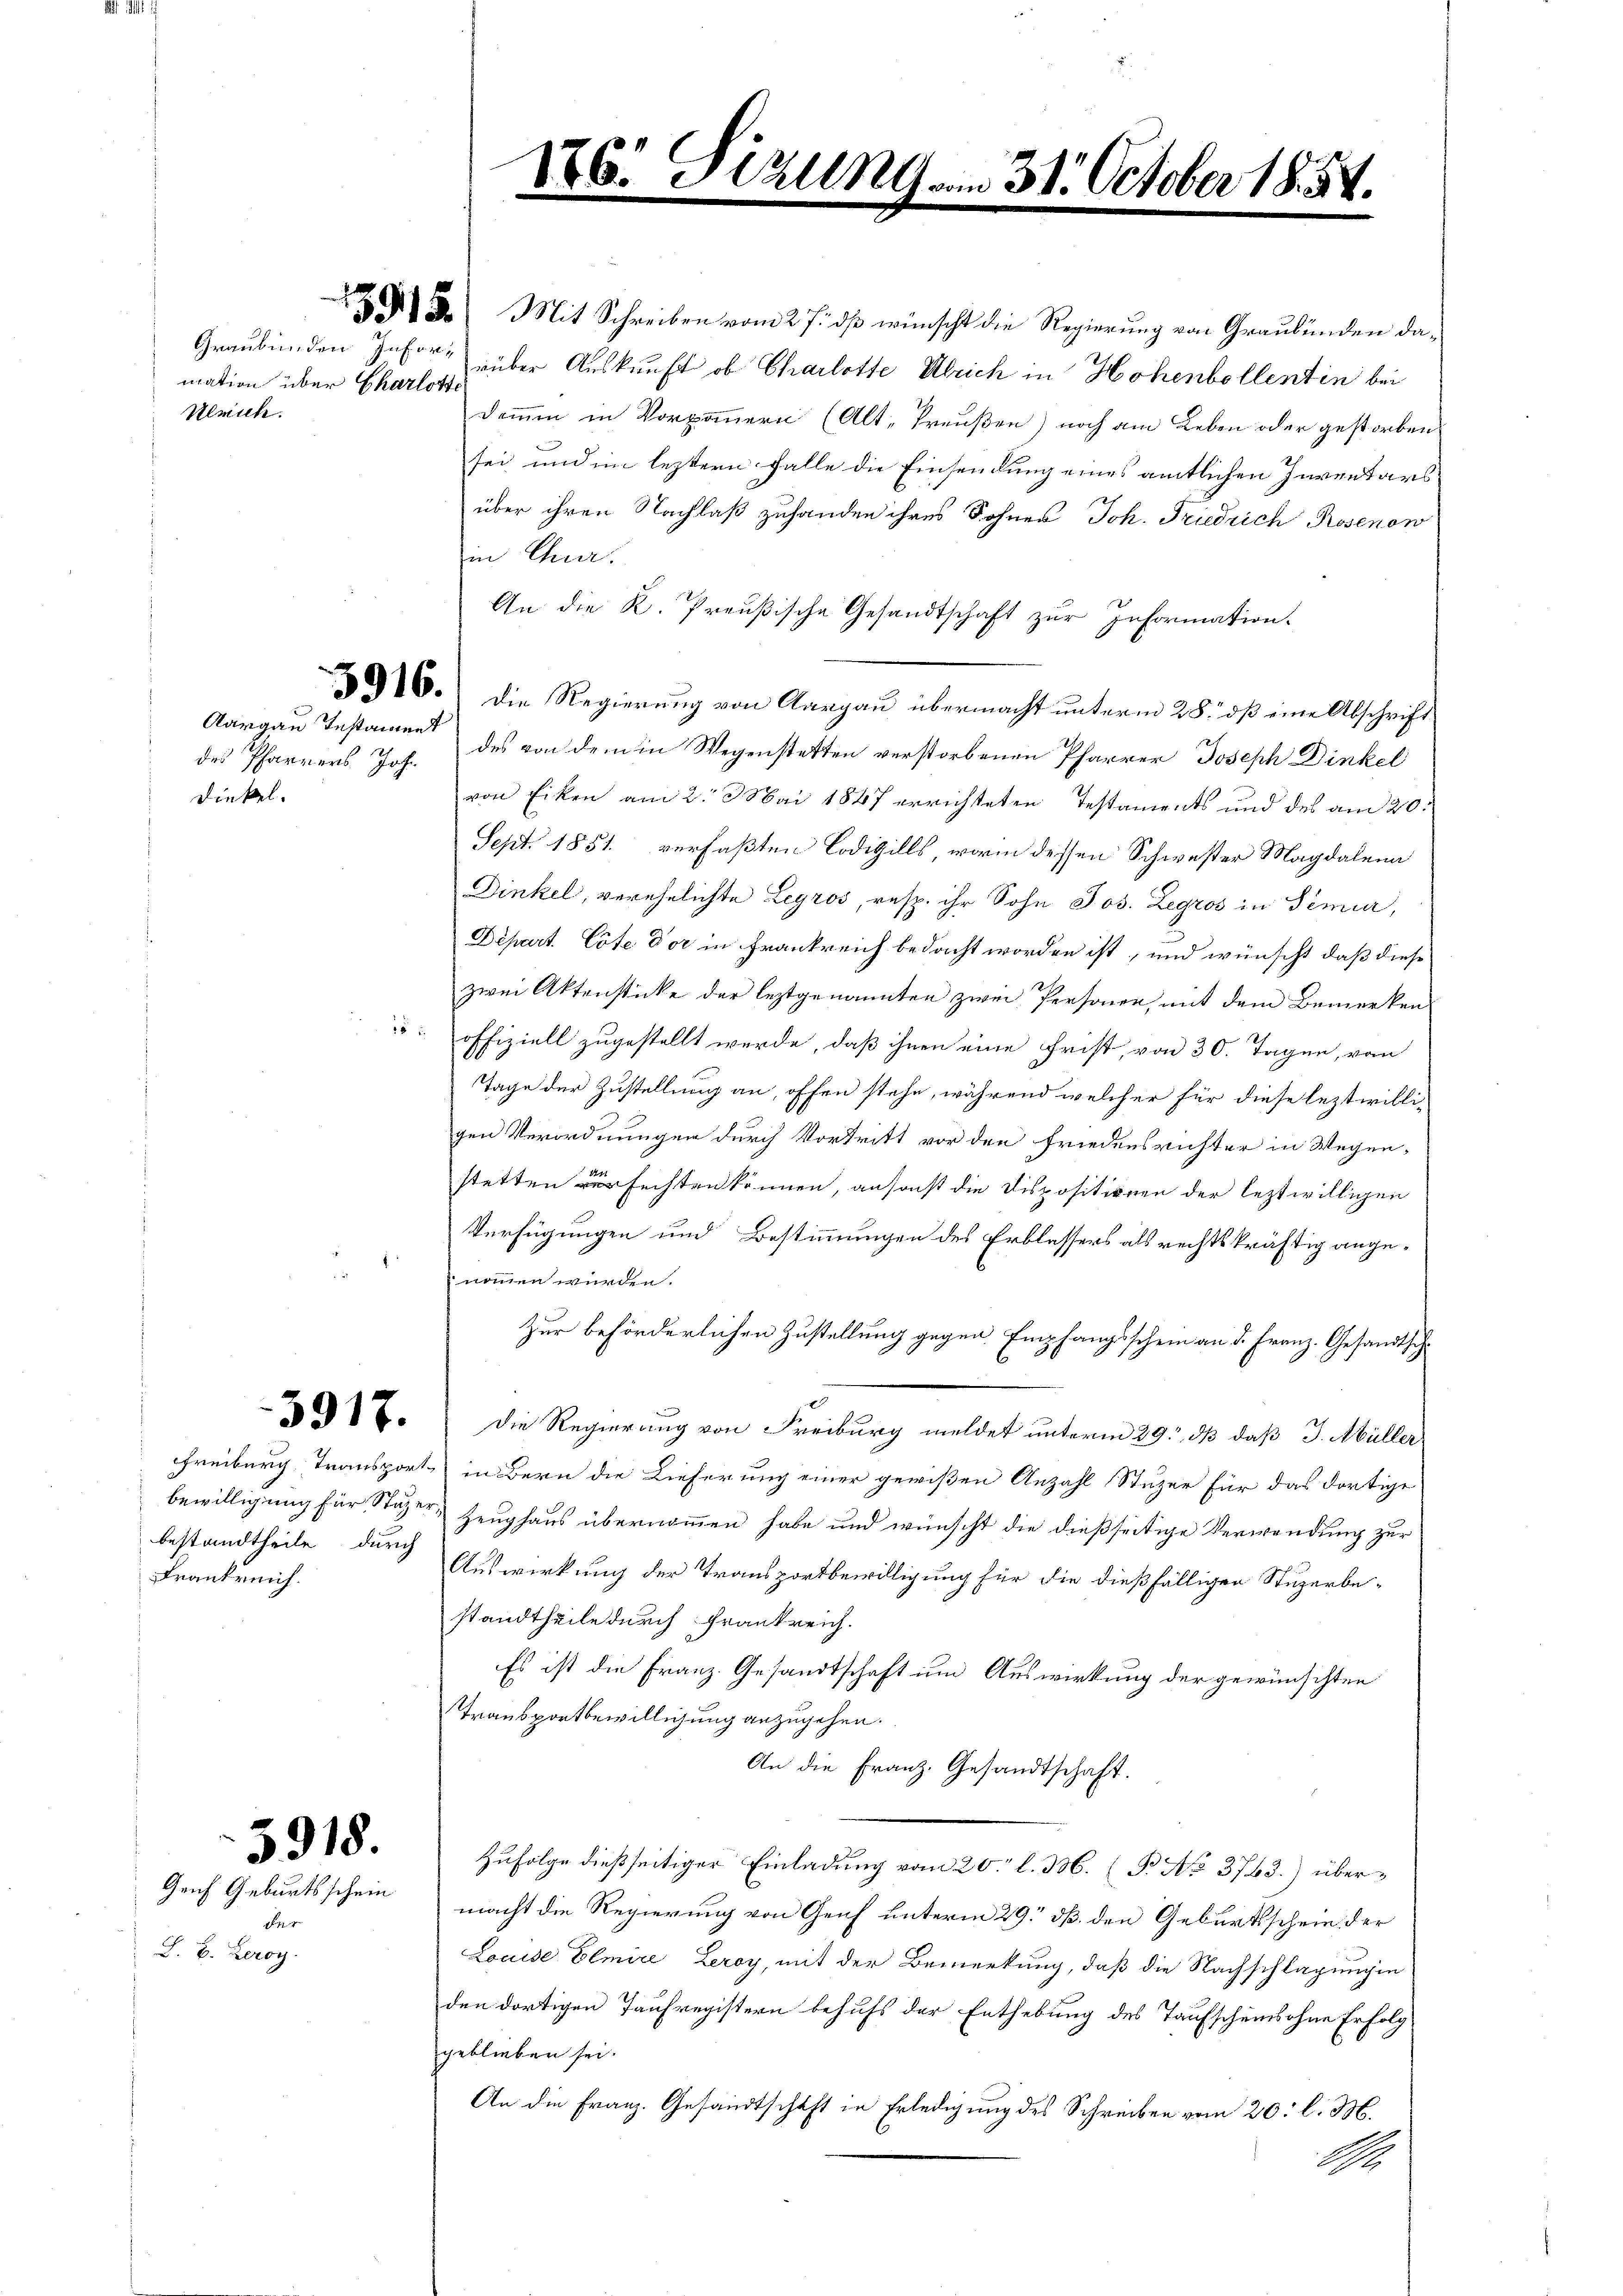
mation über Charlotte
Kleuche.

Aargau Instament
Dinkel.

bestandtheile, durch
Frankreich.

5918.
Grif Geburtsschein

1
L. B. Zeroy

ANG.

31. October 1854.

3. Mit Schreiben vom 27. dß wünscht die Regierung von Graubünden da¬
Graubünden Jasor, über Auskunft ob Charlotte Ulrich in Hohenbollentin bei
Dommen in Vorzimmern (Alt-Preußen) noch am Leben oder gestorben
sei und im leztern Falle die Einsendung eines amtlichen Inventars
über ihren Nachlaß zuhanden ihres Sohnes Joh. Friedrich Rosenon
in Euer.
An die K. Preußische Gesandtschaft zur Information.
91. Die Regierung von Aargau übermacht unterm 28. dβ eine Abschrift
des Pfarrers Joh. des von dem in Wegenstetten verstorbenen Pfarrer Joseph Dinkel
von Ecken am 2. Mai 1847 errichteten Testaments und des am 20.
Sept. 1851 verfaßten Codigills, worin dessen Schwester Magdalena
Dinkel, verehelichte Legros, resp. ihr Sohn Jos. Zegros in Semier,
Depart. Cote der in Frankreich bedacht worden ist, und wünscht, daß diese
zwei Aktenstücke der leztgenannten zwei Personen, mit dem Bemerken
 offiziell zugestellt werde, daß ihnen eine Frist, von 30. Tagen, von
Tage der Zustellung an, offen stehe, während welcher für diese leztwilligen Verordnungen durch Vortritt vor den Friedensrichter in Wegenstetten verfechten können, ansonst die Dispositionen der leztwilligen
Verfügungen und Bestimmungen des Erblassers als rechtskräftig angenommen würden.
Zur beförderlichen Zustellung gegen Empfangsschein an d. Franz. Gesandtsch¬
17.) Die Regierung von Freiburg meldet unterm 29, dß daß J. Müller
chreiburg Transport in Bern die Lieferung einer gewißen Anzahl Stuzer für das dortige
bewilligung für Stäger Zeughaus übernommen habe und wünscht die dießseitige Verwendung zur
Auswirkung der Transportbewilligung für die dießfälligen Stuzerbe-
standtheile durch Frankreich.
Es ist die Franz. Gesandtschaft um Auswirkung der gewünschten
Transportbewilligung anzugehen.
An die Franz. Gesandtschaft.
Zufolge dießseitiger Einladung vom 20 l. M. (P No 3763) übermacht die Regierung von Genf unterm 29. dß den Geburtsschein der
Louise Elmire Leroy, mit der Bemerkung, daß die Nachschlagung in
den dortigen Taufregistern behufs der Enthebung des Taufscheins ohne Erfolg
geblieben sei.
An die Franz. Gesandtschaft in Erledigung des Schreiben vom 20. l. M.
A